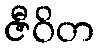
ဇီဝိတ